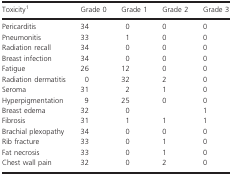
<table><thead><tr><td><b>Toxicity1</b></td><td><b>Grade 0</b></td><td><b>Grade 1</b></td><td><b>Grade 2</b></td><td><b>Grade 3</b></td></tr></thead><tbody><tr><td>Pericarditis</td><td>34</td><td>0</td><td>0</td><td>0</td></tr><tr><td>Pneumonitis</td><td>33</td><td>1</td><td>0</td><td>0</td></tr><tr><td>Radiation recall</td><td>34</td><td>0</td><td>0</td><td>0</td></tr><tr><td>Breast infection</td><td>34</td><td>0</td><td>0</td><td>0</td></tr><tr><td>Fatigue</td><td>26</td><td>12</td><td>0</td><td>0</td></tr><tr><td>Radiation dermatitis</td><td>0</td><td>32</td><td>2</td><td>0</td></tr><tr><td>Seroma</td><td>31</td><td>2</td><td>1</td><td>0</td></tr><tr><td>Hyperpigmentation</td><td>9</td><td>25</td><td>0</td><td>0</td></tr><tr><td>Breast edema</td><td>32</td><td>0</td><td></td><td>1</td></tr><tr><td>Fibrosis</td><td>31</td><td>1</td><td>1</td><td>1</td></tr><tr><td>Brachial plexopathy</td><td>34</td><td>0</td><td>0</td><td>0</td></tr><tr><td>Rib fracture</td><td>33</td><td>0</td><td>1</td><td>0</td></tr><tr><td>Fat necrosis</td><td>33</td><td>0</td><td>1</td><td>0</td></tr><tr><td>Chest wall pain</td><td>32</td><td>0</td><td>2</td><td>0</td></tr></tbody></table>